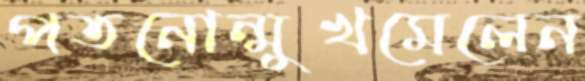
পতনোন্মুখমেলেন